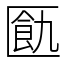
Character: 㔲